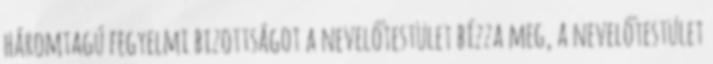
háromtagú fegyelmi bizottságot a nevelőtestület bízza meg, a nevelőtestület